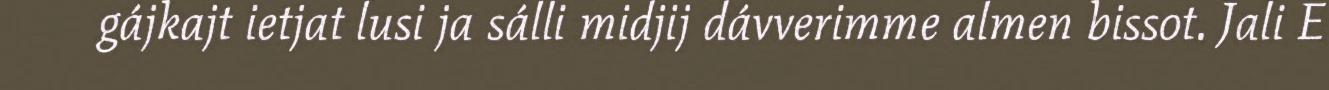
gájkajt ietjat lusi ja sálli midjij dávverimme almen bissot. Jali E